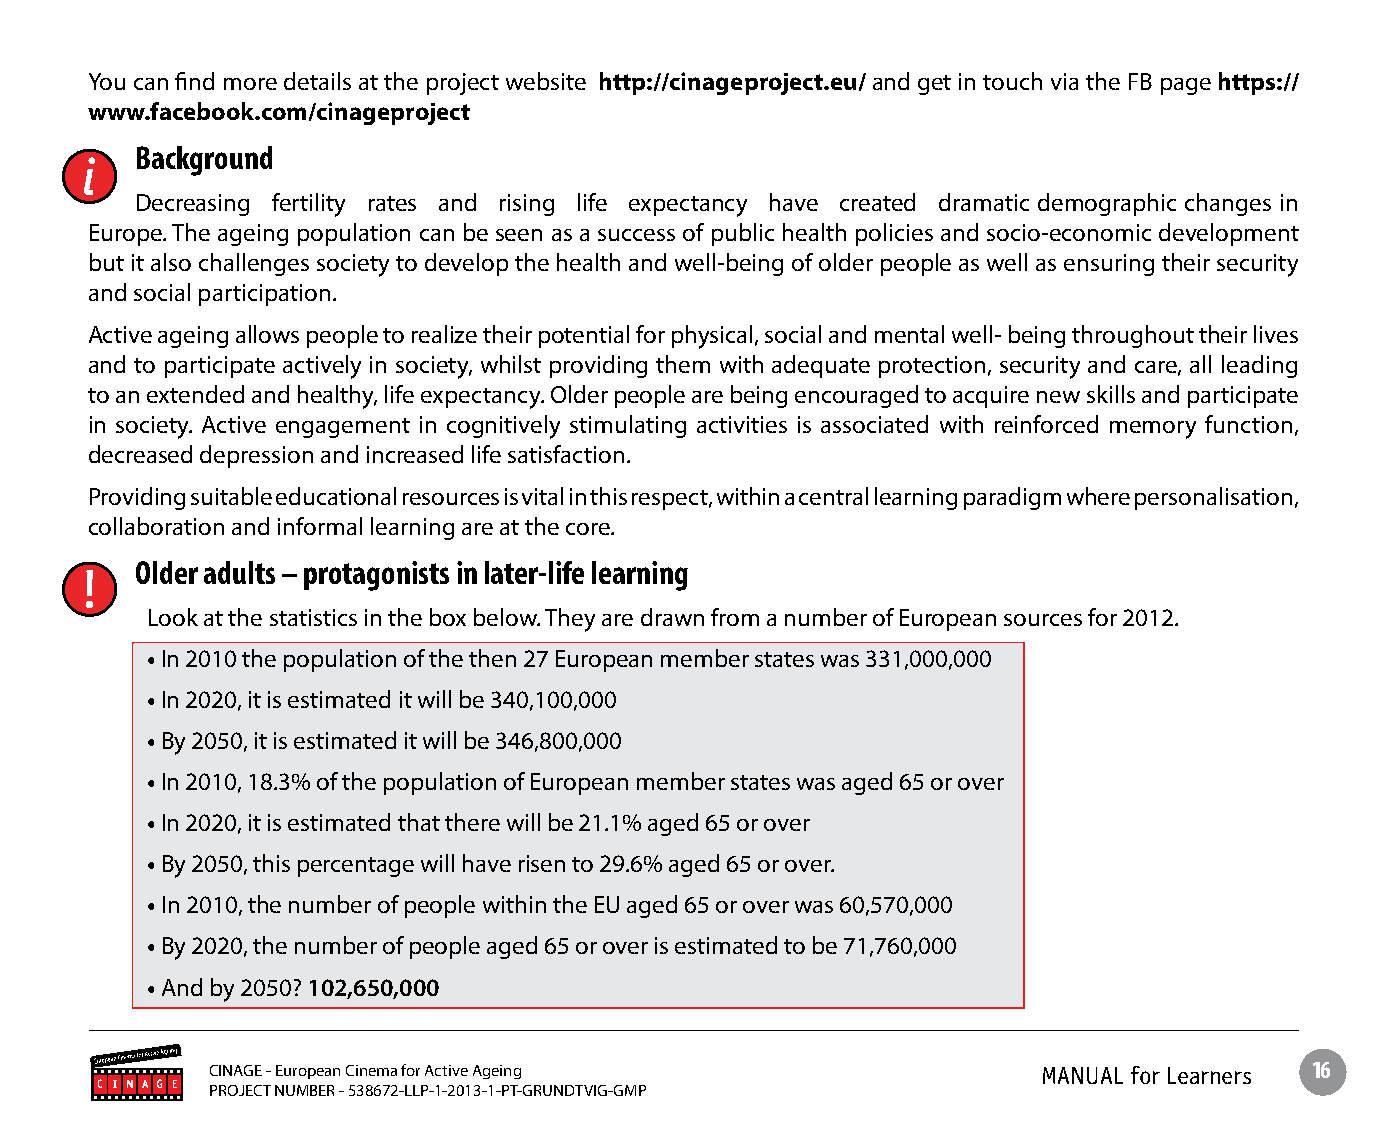
You can find more details at the project website http://cinageproject.eu/ and get in touch via the FB page https://
 www.facebook.com/cinageproject
 Background
 Decreasing fertility rates and rising life expectancy have created dramatic demographic changes in
 Europe. The ageing population can be seen as a success of public health policies and socio-economic development
 but it also challenges society to develop the health and well-being of older people as well as ensuring their security
 and social participation.
 Active ageing allows people to realize their potential for physical, social and mental well- being throughout their lives
 and to participate actively in society, whilst providing them with adequate protection, security and care, all leading
 to an extended and healthy, life expectancy. Older people are being encouraged to acquire new skills and participate
 in society. Active engagement in cognitively stimulating activities is associated with reinforced memory function,
 decreased depression and increased life satisfaction.
 Providing suitable educational resources is vital in this respect, within a central learning paradigm where personalisation,
 collaboration and informal learning are at the core.
 Older adults – protagonists in later-life learning
 Look at the statistics in the box below. They are drawn from a number of European sources for 2012.
 • In 2010 the population of the then 27 European member states was 331,000,000
 • In 2020, it is estimated it will be 340,100,000
 • By 2050, it is estimated it will be 346,800,000
 • In 2010, 18.3% of the population of European member states was aged 65 or over
 • In 2020, it is estimated that there will be 21.1% aged 65 or over
 • By 2050, this percentage will have risen to 29.6% aged 65 or over.
 • In 2010, the number of people within the EU aged 65 or over was 60,570,000
 • By 2020, the number of people aged 65 or over is estimated to be 71,760,000
 • And by 2050? 102,650,000
 CINAGE - European Cinema for Active Ageing             MANUAL for Learners 16
 PROJECT NUMBER - 538672-LLP-1-2013-1-PT-GRUNDTVIG-GMP